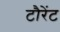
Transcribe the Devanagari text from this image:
टौरेंट